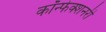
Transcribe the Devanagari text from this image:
कॉन्फेक्शनरी